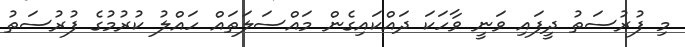
މި ފުރުސަތު ދީފައި ވަނީ ވާހަކަ ދައްކައިގެން މައްސަލަތައް ހައްލު ކުރުމުގެ ފުރުސަތު